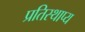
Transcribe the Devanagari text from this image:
प्रतिस्थाप्य